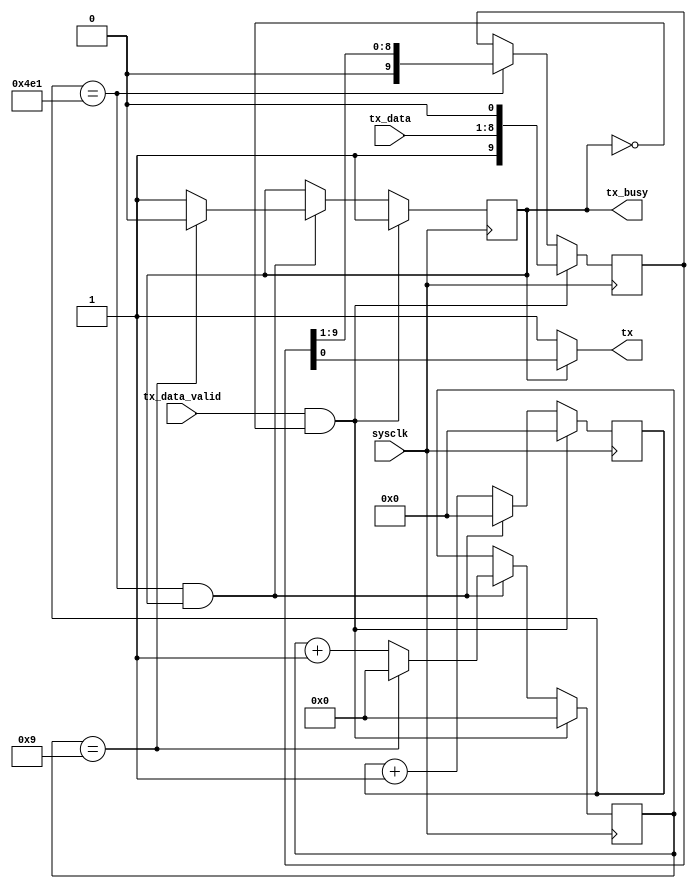
`timescale 1ns / 1ps
//////////////////////////////////////////////////////////////////////////////////
// Company: 
// Engineer: 
// 
// Design Name: 
// Module Name: UART_TX
// Project Name: 
// Target Devices: Arty S7
// Tool Versions: 
// Description: UART
// 
// Dependencies: 
// 
// Revision:
// Revision 1.0 - File Created
// Additional Comments:
// 
//////////////////////////////////////////////////////////////////////////////////

module UART_TX #
(
    parameter DATA_WIDTH = 8   // 
)
(
    input sysclk,        // 
    input [DATA_WIDTH-1:0] tx_data,   // 
    input tx_data_valid,    // 
    output tx,              // 
    output reg tx_busy          // 
);

    parameter SCALE = 1250;   // FPGA(9600)
    parameter SCALE_BITS = 11;

    reg [SCALE_BITS-1:0] scale_cnt;   // 
    reg [3:0] data_cnt;              // 0DATA_WIDTH+1

    reg [DATA_WIDTH+1:0] tx_data_reg;   // 10

    initial tx_busy <= 0;

    always @ (posedge sysclk) begin
        if (tx_data_valid == 1 && tx_busy == 0) begin
            scale_cnt <= 0;
            data_cnt <= 0;
            tx_busy <= 1;
        end
        else if (scale_cnt == (SCALE - 1) && tx_busy == 1) begin
            if (data_cnt == (DATA_WIDTH + 1)) begin
                data_cnt <= 0;
                tx_busy <= 0;
                scale_cnt <= 0;
            end
            else begin
                data_cnt <= data_cnt + 1;
                tx_busy <= 1;
                scale_cnt <= 0;
            end           
        end
        else begin
            scale_cnt <= scale_cnt + 1;
            tx_busy <= tx_busy;
            data_cnt <= data_cnt;   
        end
        
    end

    always @ (posedge sysclk) begin
        if (tx_data_valid == 1 && tx_busy == 0)
            tx_data_reg <= {1'b1, tx_data, 1'b0};
        else if (scale_cnt == (SCALE - 1))
            tx_data_reg <= tx_data_reg >> 1;
    end

    assign tx = (tx_busy == 1)? tx_data_reg[0] : 1;


endmodule